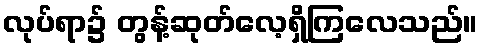
လုပ်ရာ၌ တွန့်ဆုတ်လေ့ရှိကြလေသည်။